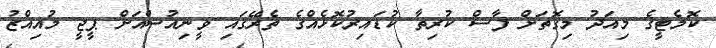
ކޮމެޓީގެ މިއަދު މިގޮތަށް ފާސް ކުރިތާ ކުޑައިރުކޮޅެއްގެ ތެރޭގައި ވީނިއުސްއަށް ޕީޖީ މުއިއްޒު